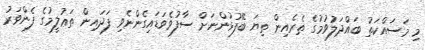
މި މަސައްކަތު ބައްދަލުވުމުގެ ތެރެއިން ތިޔަ ބޭފުޅުންނަށް ސާފުވެވަޑައިގެންނެވި ފަދައިން ތަޢުލީމުގެ ފެންވަރު